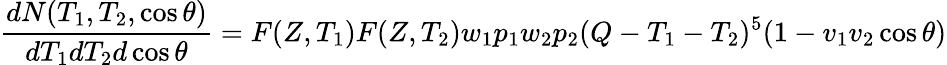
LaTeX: {\frac{dN(T_{1},T_{2},\cos\theta)}{dT_{1}dT_{2}d\cos\theta}}=F(Z,T_{1})F(Z,T_{2})w_{1}p_{1}w_{2}p_{2}(Q-T_{1}-T_{2})^{5}(1-v_{1}v_{2}\cos\theta)